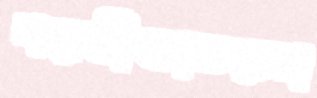
পরশ্রীকাতরতা